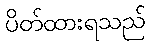
ပိတ်ထားရသည်